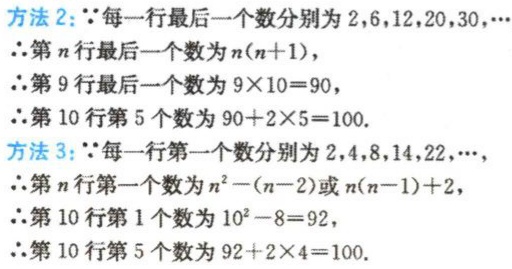
方法2：$\because$每一行最后一个数分别为$2,6,12,20,30,\cdots$

$\therefore$第$n$行最后一个数为$n(n + 1)$，

$\therefore$第9行最后一个数为$9\times10 = 90$，

$\therefore$第10行第5个数为$90 + 2\times5 = 100$.

方法3：$\because$每一行第一个数分别为$2,4,8,14,22,\cdots$

$\therefore$第$n$行第一个数为$n^{2}-(n - 2)$或$n(n - 1)+2$，

$\therefore$第10行第1个数为$10^{2}-8 = 92$，

$\therefore$第10行第5个数为$92 + 2\times4 = 100$.